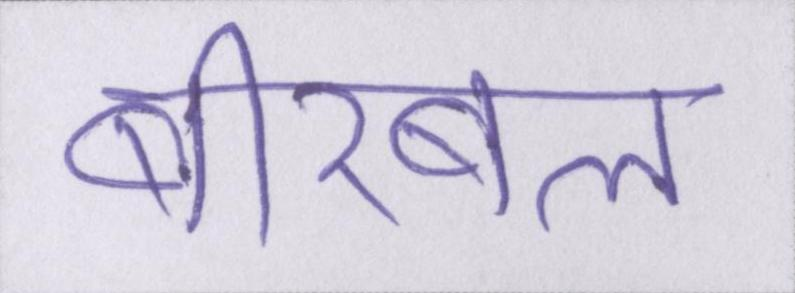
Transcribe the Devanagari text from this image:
बीरबल